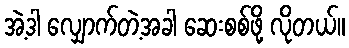
အဲ့ဒါ လျှောက်တဲ့အခါ ဆေးစစ်ဖို့ လိုတယ်။